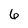
Character: 6